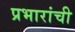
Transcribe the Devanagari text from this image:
प्रभारांची